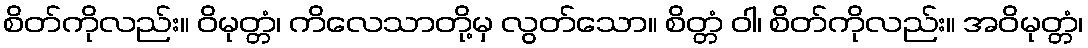
စိတ်ကိုလည်း။ ဝိမုတ္တံ၊ ကိလေသာတို့မှ လွတ်သော။ စိတ္တံ ဝါ၊ စိတ်ကိုလည်း။ အဝိမုတ္တံ၊